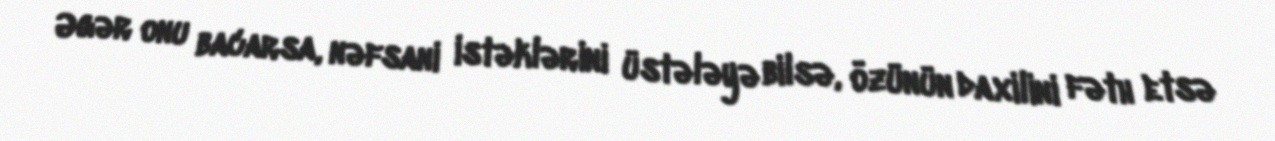
Əgər onu bacarsa, nəfsani istəklərini üstələyə bilsə, özünün daxilini fəth etsə